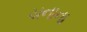
ચનાના